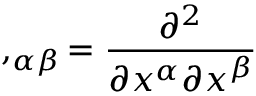
, _ { \alpha \beta } = { \frac { \partial ^ { 2 } } { \partial x ^ { \alpha } \partial x ^ { \beta } } }